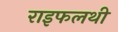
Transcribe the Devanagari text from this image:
राइफलथी